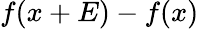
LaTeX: f(x+E)-f(x)